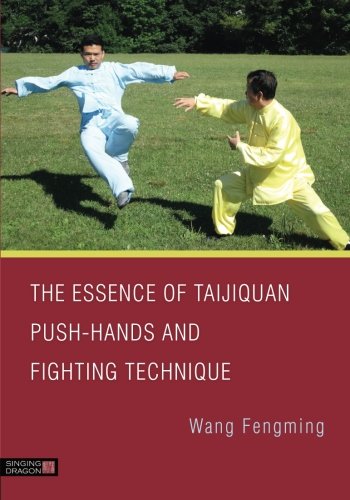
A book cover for The Essence of Taijiquan Push-Hands and Fighting Technique; Fengming Wang; Health, Fitness & Dieting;